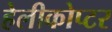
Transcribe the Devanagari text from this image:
हेलीकोप्टर